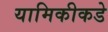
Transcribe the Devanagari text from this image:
यामिकीकडे